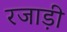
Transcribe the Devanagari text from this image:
रजाड़ी